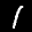
Label: 1